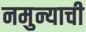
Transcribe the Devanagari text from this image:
नमुन्याची